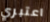
اعتبري